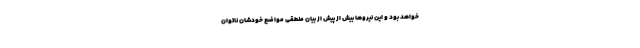
خواهد بود و این نیروها بیش از پیش از بیان منطقی مواضع خودشان ناتوان